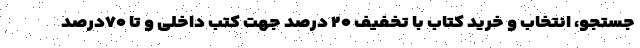
جستجو، انتخاب و خرید کتاب با تخفیف ۲۰ درصد جهت کتب داخلی و تا ۷۰درصد